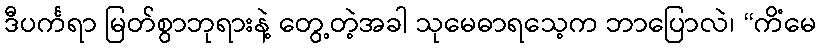
ဒီပင်္ကရာ မြတ်စွာဘုရားနဲ့ တွေ့တဲ့အခါ သုမေဓာရသေ့က ဘာပြောလဲ၊ “ကိံမေ